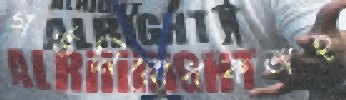
গর্ভনিরোধকঅহ